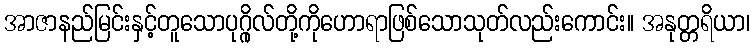
အာဇာနည်မြင်းနှင့်တူသောပုဂ္ဂိုလ်တို့ကိုဟောရာဖြစ်သောသုတ်လည်းကောင်း။ အနုတ္တရိယာ၊